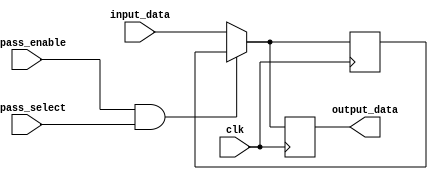
module bypass_register (
    input wire clk,
    input wire [7:0] input_data,
    input wire bypass_enable,
    input wire bypass_select,
    output reg [7:0] output_data
);

reg [7:0] bypass_data;

always @(posedge clk) begin
    if (bypass_enable && bypass_select) begin
        output_data <= bypass_data;
    end else begin
        output_data <= input_data;
        bypass_data <= input_data;
    end
end

endmodule